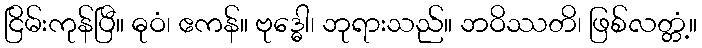
ငြိမ်းကုန်ပြီ။ ဓုဝံ၊ ဧကန်။ ဗုဒ္ဓေါ၊ ဘုရားသည်။ ဘဝိဿတိ၊ ဖြစ်လတ္တံ့။